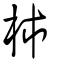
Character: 柿